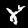
Label: 8